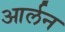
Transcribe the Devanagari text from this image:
आर्लन